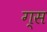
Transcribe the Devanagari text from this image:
ग्स